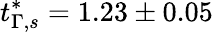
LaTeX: t_{\Gamma,s}^{*}=1.23\pm 0.05